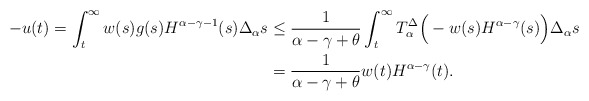
\begin{align*}-u(t)=\int_{t}^{\infty}w(s)g(s)H^{\alpha-\gamma-1}(s)\Delta_\alpha s&\leq \frac{1}{\alpha-\gamma+\theta}\int_{t}^{\infty} T_\alpha^\Delta \Big(-w(s)H^{\alpha-\gamma}(s)\Big)\Delta_\alpha s\\&=\frac{1}{\alpha-\gamma+\theta}w(t)H^{\alpha-\gamma}(t).\end{align*}